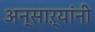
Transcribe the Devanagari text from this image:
अन्साऱ्यांनी